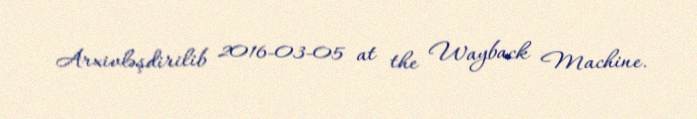
Arxivləşdirilib 2016-03-05 at the Wayback Machine.